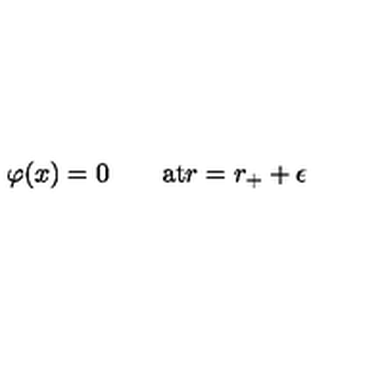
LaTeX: \varphi ( x ) = 0 \qquad \mathrm { a t } r = r _ { + } + \epsilon